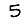
Digit: 5